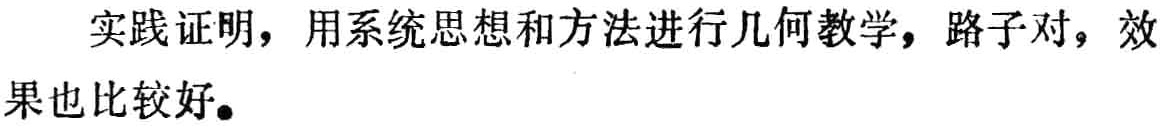
实践证明，用系统思想和方法进行几何教学，路子对，效果也比较好。